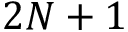
2 N + 1